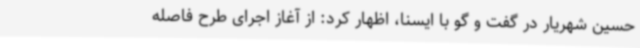
حسین شهریار در گفت و گو با ایسنا، اظهار کرد: از آغاز اجرای طرح فاصله